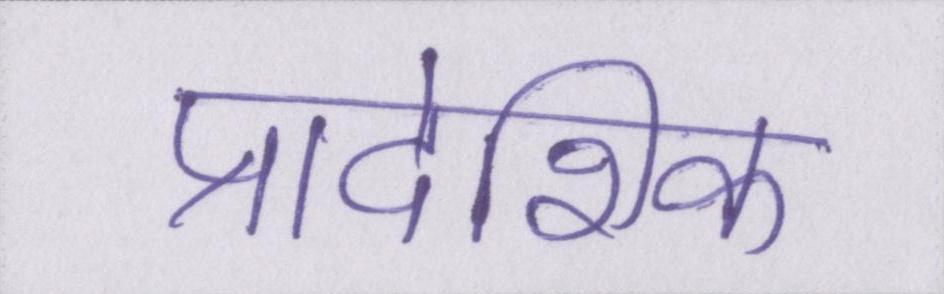
प्रादेशिक